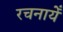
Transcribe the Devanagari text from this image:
रचनायेँ